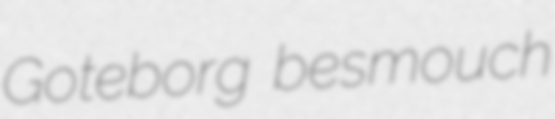
Goteborg besmouch